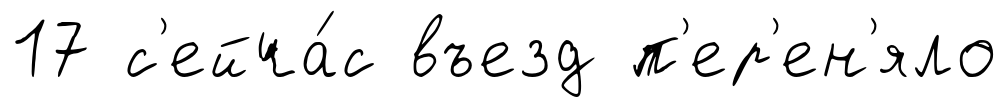
17 с'ейча́с въезд п'ер'ен'яло